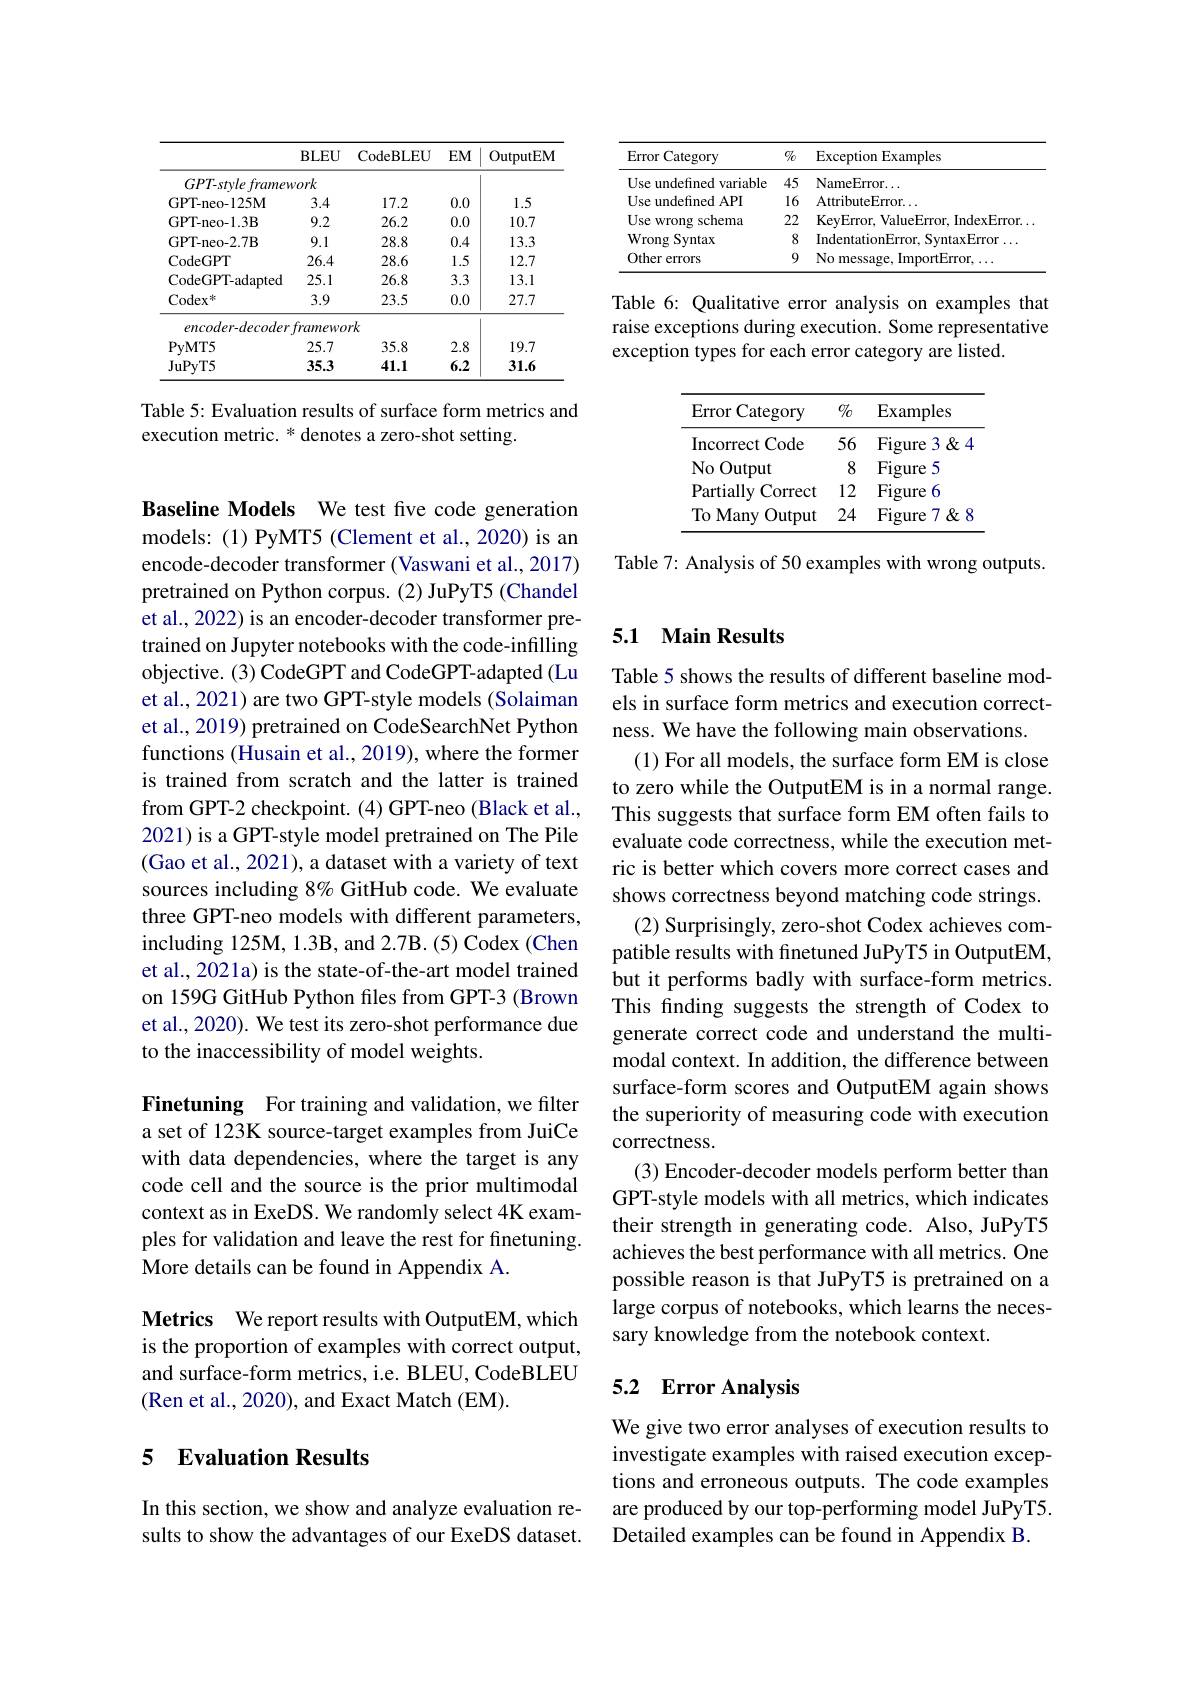
<table>
	<tbody>
		<tr>
			<th> </th>
			<th>$\mathbf{BLEU}$</th>
			<th>CodeBLEU</th>
			<th>$EM$</th>
			<th>OutputEM</th>
		</tr>
		<tr>
			<td>$GPT-stvle$ framew</td>
			<td>vork</td>
			<td> </td>
			<td> </td>
			<td> </td>
		</tr>
		<tr>
			<td>GPT-neo-125M</td>
			<td>3.4</td>
			<td>17.2</td>
			<td>0.0</td>
			<td></td>
		</tr>
		<tr>
			<td>GPT-neo-1.3B</td>
			<td>9.2</td>
			<td>26.2</td>
			<td>0.0</td>
			<td>10.7</td>
		</tr>
		<tr>
			<td>GPT-neo-2.7B</td>
			<td>9.1</td>
			<td>28.8</td>
			<td>0.4</td>
			<td>13.3</td>
		</tr>
		<tr>
			<td>CodeGPT</td>
			<td>26.4</td>
			<td>28.6</td>
			<td>1.5</td>
			<td>12.7</td>
		</tr>
		<tr>
			<td>CodeGPT- adapted</td>
			<td>25.1</td>
			<td>26.8</td>
			<td>3.3</td>
			<td>13.1</td>
		</tr>
		<tr>
			<td>$\mathrm{Codex}^{*}$</td>
			<td>3.9</td>
			<td>23.5</td>
			<td>0.0</td>
			<td>27.7</td>
		</tr>
		<tr>
			<td>$encoder-decoder$</td>
			<td>framewo</td>
			<td>$rk$</td>
			<td> </td>
			<td> </td>
		</tr>
		<tr>
			<td>PyMT5</td>
			<td>25.7</td>
			<td>35.8</td>
			<td>2.8</td>
			<td>19.7</td>
		</tr>
		<tr>
			<td>JuPyT5</td>
			<td>35.3</td>
			<td>41.1</td>
			<td>6.2</td>
			<td>31.6</td>
		</tr>
	</tbody>
</table>

Table 5: Evaluation results of surface form metrics and
execution metric. * denotes a zero-shot setting.

Baseline Models We test five code generation models: (1) PyMT5 (Clement et al., 2020) is an encode-decoder transformer (Vaswani et al., 2017) pretrained on Python corpus. (2) JuPyT5 (Chandel et al., 2022) is an encoder-decoder transformer pretrained on Jupyter notebooks with the code-infilling objective. (3) CodeGPT and CodeGPT-adapted (Lu et al., 2021) are two GPT-style models (Solaiman et al., 2019) pretrained on CodeSearchNet Python functions (Husain et al., 2019), where the former is trained from scratch and the latter is trained from GPT-2 checkpoint. (4) GPT-neo (Black et al., 2021) is a GPT-style model pretrained on The Pile (Gao et al., 2021), a dataset with a variety of text sources including 8% GitHub code. We evaluate three GPT-neo models with different parameters, including 125M, 1.3B, and 2.7B. (5) Codex (Chen et al., 2021a) is the state-of-the-art model trained on 159G GitHub Python files from GPT-3 (Brown et al., 2020). We test its zero-shot performance due to the inaccessibility of model weights.

Finetuning For training and validation, we filter a set of 123K source-target examples from JuiCe with data dependencies, where the target is any code cell and the source is the prior multimodal context as in ExeDS. We randomly select 4K examMore details can be found in Appendix A.

Metrics We report results with OutputEM, which is the proportion of examples with correct output, and surface-form metrics, i.e. BLEU, CodeBLEU (Ren et al., 2020), and Exact Match (EM).

## 5 Evaluation Results

In this section, we show and analyze evaluation results to show the advantages of our ExeDS dataset.

<table>
	<tbody>
		<tr>
			<th>Error Category</th>
			<th>$\mathbb{C}_{C}$</th>
			<th>Exception Examples</th>
		</tr>
		<tr>
			<td>Use undefined variable</td>
			<td></td>
			<td>NameError. .</td>
		</tr>
		<tr>
			<td>Use undefined API</td>
			<td>16</td>
			<td>AttributeError.</td>
		</tr>
		<tr>
			<td>Use wrong schema 1</td>
			<td>22</td>
			<td>KeyError, ValueError, IndexError. .</td>
		</tr>
		<tr>
			<td>Wrong s Syntax</td>
			<td>8</td>
			<td>IndentationError, SyntaxError $\Gamma_{11}$</td>
		</tr>
		<tr>
			<td>Other errors</td>
			<td>9</td>
			<td>No message, ,ImportError,</td>
		</tr>
	</tbody>
</table>

Table 6: Qualitative error analysis on examples that raise exceptions during execution. Some representative exception types for each error category are listed.

<table>
	<tbody>
		<tr>
			<th>Error Category</th>
			<th>$\%$</th>
			<th>$\operatorname{Examples}$</th>
		</tr>
		<tr>
			<td>Incorrect Code</td>
			<td>56</td>
			<td>3 $\&$ Figure</td>
		</tr>
		<tr>
			<td>No Output</td>
			<td>8</td>
			<td>Figure 5</td>
		</tr>
		<tr>
			<td>Partially Correct</td>
			<td>12</td>
			<td>Figure 6</td>
		</tr>
		<tr>
			<td>To Many Output</td>
			<td>24</td>
			<td>Figure $7&&&&&\\&&&&&&\\&&&&&&&\\&&&&&$ r</td>
		</tr>
	</tbody>
</table>

Table 7: Analysis of 50 examples with wrong outputs.

## 5.1 Main Results

Table 5 shows the results of different baseline models in surface form metrics and execution correctness. We have the following main observations.
(1) For all models, the surface form EM is close to zero while the OutputEM is in a normal range. This suggests that surface form EM often fails to evaluate code correctness, while the execution metric is better which covers more correct cases and shows correctness beyond matching code strings.
(2) Surprisingly, zero-shot Codex achieves compatible results with finetuned JuPyT5 in OutputEM, but it performs badly with surface-form metrics. This finding suggests the strength of Codex to generate correct code and understand the multimodal context. In addition, the difference between surface-form scores and OutputEM again shows the superiority of measuring code with execution correctness.
(3) Encoder-decoder models perform better than GPT-style models with all metrics, which indicates their strength in generating code. Also, JuPyT5
ples for validation and leave the rest for finetuning. achieves the best performance with all metrics. One
possible reason is that JuPyT5 is pretrained on a large corpus of notebooks, which learns the necessary knowledge from the notebook context.

### 5.2 Error Analysis

We give two error analyses of execution results to investigate examples with raised execution exceptions and erroneous outputs. The code examples are produced by our top-performing model JuPyT5. Detailed examples can be found in Appendix B.